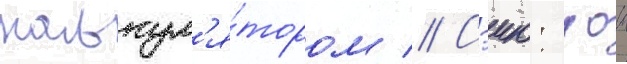
калькул'я́тором // Сэию: аои